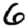
Digit: 6